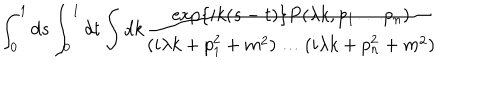
\int _ { 0 } ^ { 1 } d s \int _ { 0 } ^ { 1 } d t \int d k \frac { \exp \{ i k ( s - t ) \} P ( \lambda k , p _ { 1 } \ldots p _ { n } ) } { ( i \lambda k + p _ { 1 } ^ { 2 } + m ^ { 2 } ) \ldots ( i \lambda k + p _ { n } ^ { 2 } + m ^ { 2 } ) }